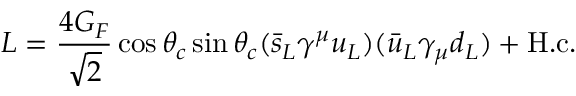
L = { \frac { 4 G _ { F } } { \sqrt 2 } } \cos \theta _ { c } \sin \theta _ { c } ( \bar { s } _ { L } \gamma ^ { \mu } u _ { L } ) ( \bar { u } _ { L } \gamma _ { \mu } d _ { L } ) + \mathrm { H . c . }